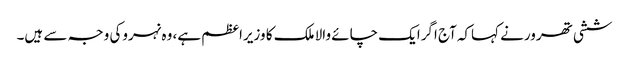
ششی تھرورنے کہاکہ آج اگرایک چائے والا ملک کا وزیراعظم ہے، وہ نہروکی وجہ سے ہیں۔